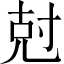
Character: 尅